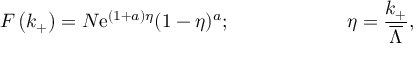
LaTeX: F \left( k _ { + } \right) = N \mathrm { { e } } ^ { ( 1 + a ) \eta } ( 1 - \eta ) ^ { a } ; \qquad \qquad \qquad \eta = \frac { k _ { + } } { \overline { { { \Lambda } } } } ,